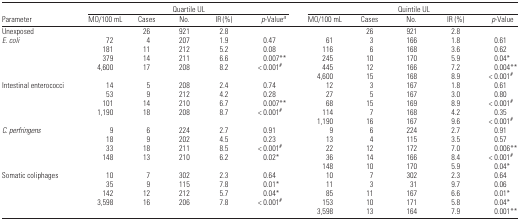
<table><thead><tr><td></td><td colspan="5"><b>Quartile UL</b></td><td colspan="5"><b>Quintile UL</b></td></tr><tr><td><b>Parameter</b></td><td><b>MO/100 mL</b></td><td><b>Cases</b></td><td><b>No.</b></td><td><b>IR (%)</b></td><td><b><i>p</i>-Valuea</b></td><td><b>MO/100 mL</b></td><td><b>Cases</b></td><td><b>No.</b></td><td><b>IR (%)</b></td><td><b><i>p</i>-Value</b></td></tr></thead><tbody><tr><td>Unexposed</td><td></td><td>26</td><td>921</td><td>2.8</td><td></td><td></td><td>26</td><td>921</td><td>2.8</td><td></td></tr><tr><td><i>E. coli</i></td><td>72</td><td>4</td><td>207</td><td>1.9</td><td>0.47</td><td>61</td><td>3</td><td>166</td><td>1.8</td><td>0.61</td></tr><tr><td></td><td>181</td><td>11</td><td>212</td><td>5.2</td><td>0.08</td><td>116</td><td>6</td><td>168</td><td>3.6</td><td>0.62</td></tr><tr><td></td><td>379</td><td>14</td><td>211</td><td>6.6</td><td>0.007**</td><td>245</td><td>10</td><td>170</td><td>5.9</td><td>0.04*</td></tr><tr><td></td><td>4,600</td><td>17</td><td>208</td><td>8.2</td><td>&lt; 0.001#</td><td>445</td><td>12</td><td>166</td><td>7.2</td><td>0.004**</td></tr><tr><td></td><td></td><td></td><td></td><td></td><td></td><td>4,600</td><td>15</td><td>168</td><td>8.9</td><td>&lt; 0.001#</td></tr><tr><td>Intestinal enterococci</td><td>14</td><td>5</td><td>208</td><td>2.4</td><td>0.74</td><td>12</td><td>3</td><td>167</td><td>1.8</td><td>0.61</td></tr><tr><td></td><td>53</td><td>9</td><td>212</td><td>4.2</td><td>0.28</td><td>27</td><td>5</td><td>167</td><td>3.0</td><td>0.80</td></tr><tr><td></td><td>101</td><td>14</td><td>210</td><td>6.7</td><td>0.007**</td><td>68</td><td>15</td><td>169</td><td>8.9</td><td>&lt; 0.001#</td></tr><tr><td></td><td>1,190</td><td>18</td><td>208</td><td>8.7</td><td>&lt; 0.001#</td><td>114</td><td>7</td><td>168</td><td>4.2</td><td>0.35</td></tr><tr><td></td><td></td><td></td><td></td><td></td><td></td><td>1,190</td><td>16</td><td>167</td><td>9.6</td><td>&lt; 0.001#</td></tr><tr><td><i>C. perfringens</i></td><td>9</td><td>6</td><td>224</td><td>2.7</td><td>0.91</td><td>9</td><td>6</td><td>224</td><td>2.7</td><td>0.91</td></tr><tr><td></td><td>18</td><td>9</td><td>202</td><td>4.5</td><td>0.23</td><td>13</td><td>4</td><td>115</td><td>3.5</td><td>0.57</td></tr><tr><td></td><td>33</td><td>18</td><td>211</td><td>8.5</td><td>&lt; 0.001#</td><td>22</td><td>12</td><td>172</td><td>7.0</td><td>0.006**</td></tr><tr><td></td><td>148</td><td>13</td><td>210</td><td>6.2</td><td>0.02*</td><td>36</td><td>14</td><td>166</td><td>8.4</td><td>&lt; 0.001#</td></tr><tr><td></td><td></td><td></td><td></td><td></td><td></td><td>148</td><td>10</td><td>170</td><td>5.9</td><td>0.04*</td></tr><tr><td>Somatic coliphages</td><td>10</td><td>7</td><td>302</td><td>2.3</td><td>0.64</td><td>10</td><td>7</td><td>302</td><td>2.3</td><td>0.64</td></tr><tr><td></td><td>35</td><td>9</td><td>115</td><td>7.8</td><td>0.01*</td><td>11</td><td>3</td><td>31</td><td>9.7</td><td>0.06</td></tr><tr><td></td><td>142</td><td>12</td><td>212</td><td>5.7</td><td>0.04*</td><td>85</td><td>11</td><td>167</td><td>6.6</td><td>0.01*</td></tr><tr><td></td><td>3,598</td><td>16</td><td>206</td><td>7.8</td><td>&lt; 0.001#</td><td>153</td><td>10</td><td>171</td><td>5.8</td><td>0.04*</td></tr><tr><td></td><td></td><td></td><td></td><td></td><td></td><td>3,598</td><td>13</td><td>164</td><td>7.9</td><td>0.001**</td></tr></tbody></table>